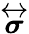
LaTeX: \overleftrightarrow{\boldsymbol{\sigma}}